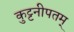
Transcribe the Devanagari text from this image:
कुट्टनीपतम्